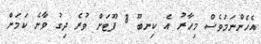
އެހެންނަމަވެސް މިހާރު އެ ކިނބޫ 8 ފޫޓަށް ވުރެ ދިގު ވާނެ ކަމަށް